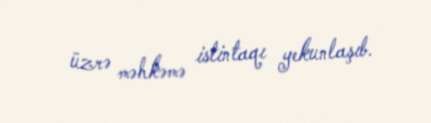
üzrə məhkəmə istintaqı yekunlaşıb.